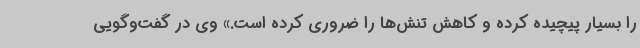
را بسیار پیچیده کرده و کاهش تنش‌ها را ضروری کرده است.» وی در گفت‌وگویی